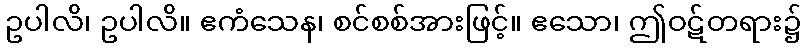
ဥပါလိ၊ ဥပါလိ။ ဧကံသေန၊ စင်စစ်အားဖြင့်။ ဧသော၊ ဤဝဋ်တရား၌